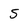
Character: S